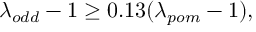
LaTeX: \lambda _ { o d d } - 1 \ge 0 . 1 3 ( \lambda _ { p o m } - 1 ) ,